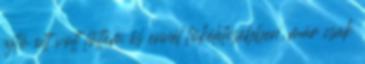
ajtó ott volt lőttem és ennél tökéletesebben, már csak